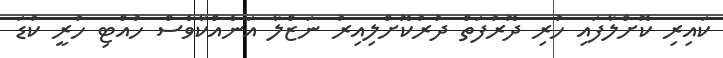
ކައިރި ކޮށްލާފައި ހުރި ދޮރުފަތް ދުރުކޮށްލިއިރު ނަޒްލާ އަނެއްކާވެސް ހުއްޓި ހުރީ ކުޑަ